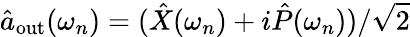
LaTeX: \hat{a}_{\mathrm{out}}(\omega_{n})=(\hat{X}(\omega_{n})+i\hat{P}(\omega_{n}))/\sqrt{2}